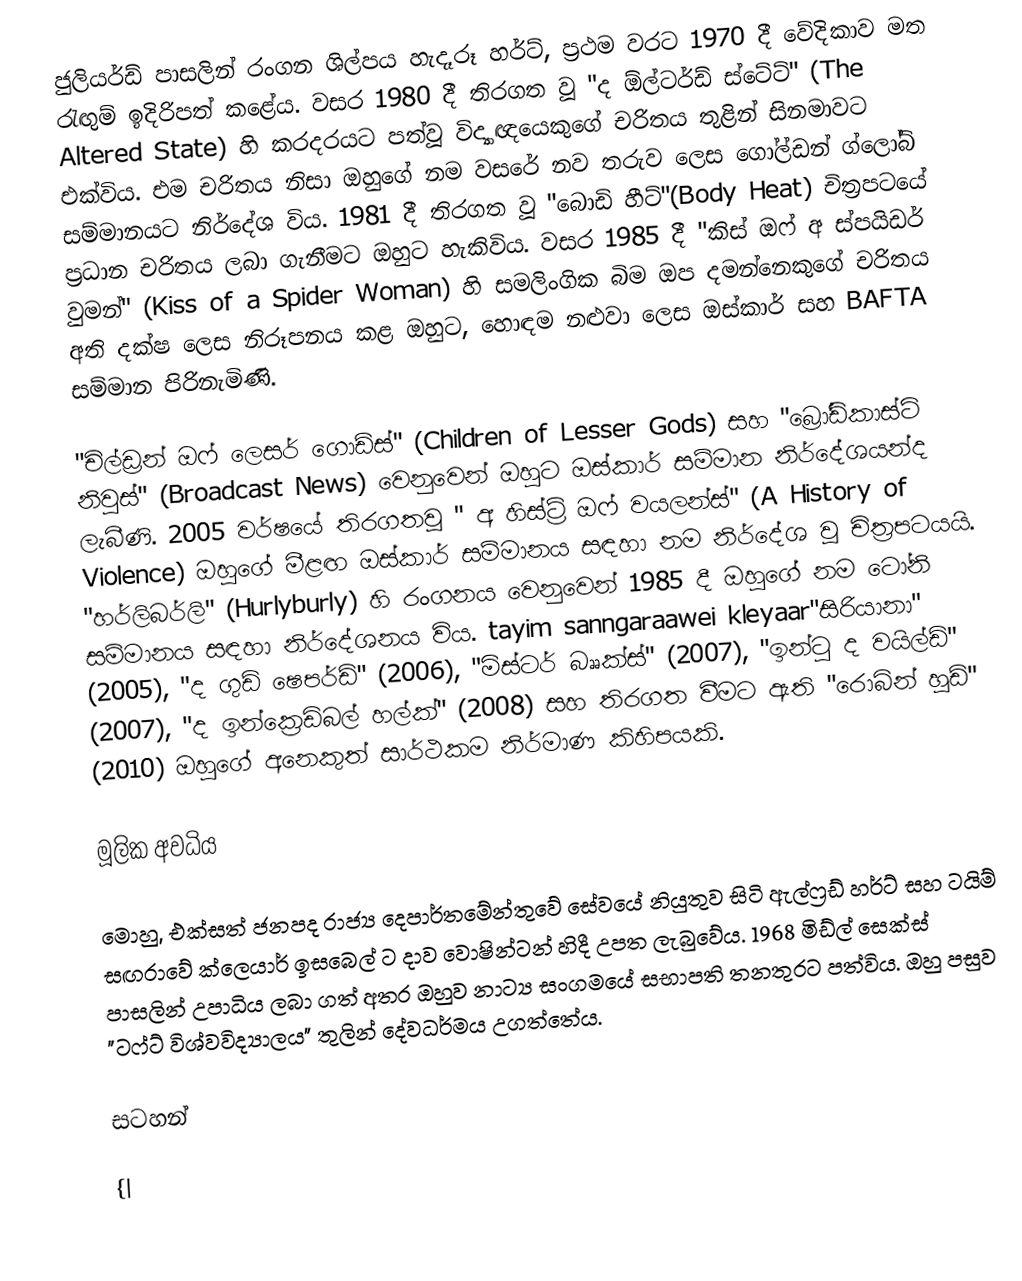
ජුලියර්ඩ් පාසලින් රංගන ශිල්පය හැදෑරූ හර්ට්, ප්‍රථම වරට 1970 දී වේදිකාව මත රැඟුම් ඉදිරිපත් කළේය. වසර 1980 දී තිරගත වූ "ද ඕල්ටර්ඩ් ස්ටේට්" (The Altered State) හි කරදරයට පත්වූ විද්‍යාඥයෙකුගේ චරිතය තුළින් සිනමාවට එක්විය. එම චරිතය නිසා ඔහුගේ නම වසරේ නව තරුව ලෙස ගෝල්ඩන් ග්ලෝබ් සම්මානයට නිර්දේශ විය. 1981 දී තිරගත වූ "බොඩි හීට්"(Body Heat) චිත්‍රපටයේ ප්‍රධාන චරිතය ලබා ගැනීමට ඔහුට හැකිවිය. වසර 1985 දී "කිස් ඔෆ් අ ස්පයිඩර් වුමන්" (Kiss of a Spider Woman) හි සමලිංගික බිම ඔප දමන්නෙකුගේ චරිතය අති දක්ෂ ලෙස නිරූපනය කළ ඔහුට, හොඳම නළුවා ලෙස ඔස්කාර් සහ BAFTA සම්මාන පිරිනැමිණි.

"චිල්ඩ්‍රන් ඔෆ් ලෙසර් ගොඩ්ස්" (Children of Lesser Gods) සහ "බ්‍රෝඩ්කාස්ට් නිවුස්" (Broadcast News) වෙනුවෙන් ඔහුට ඔස්කාර් සම්මාන නිර්දේශයන්ද ලැබීණි. 2005 වර්ෂයේ තිරගතවූ " අ හිස්ට්‍රි ඔෆ් වයලන්ස්" (A History of Violence) ඔහුගේ මීළඟ ඔස්කාර් සම්මානය සඳහා නම නිර්දේශ වූ චිත්‍රපටයයි. "හර්ලිබර්ලි" (Hurlyburly) හි රංගනය වෙනුවෙන් 1985 දී ඔහුගේ නම ටෝනි සම්මානය සඳහා නිර්දේශනය විය. tayim sanngaraawei kleyaar"සිරියානා" (2005), "ද ගුඩ් ෂෙපර්ඩ්" (2006), "මිස්ටර් බෲක්ස්" (2007), "ඉන්ටු ද වයිල්ඩ්" (2007), "ද ඉන්ක්‍රෙඩිබල් හල්ක්" (2008) සහ තිරගත වීමට ඇති "රොබින් හූඩ්" (2010) ඔහුගේ අනෙකුත් සාර්ථකම නිර්මාණ කිහිපයකි.

මූලික අවධිය

මොහු, එක්සත් ජනපද රාජ්‍ය දෙපාර්තමේන්තුවේ සේවයේ නියුතුව සිටි ඇල්ෆ්‍රඩ් හර්ට් සහ ටයිම් සඟරාවේ ක්ලෙයාර් ඉසබෙල් ට දාව වොෂින්ටන් හිදී උපත ලැබුවේය. 1968 මිඩ්ල් සෙක්ස් පාසලින් උපාධිය ලබා ගත් අතර ඔහුව නාට්‍ය සංගමයේ සභාපති තනතුරට පත්විය. ඔහු පසුව "ටෆ්ට් විශ්වවිද්‍යාලය" තුලින් දේවධර්මය උගත්තේය.

සටහන්

{|